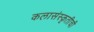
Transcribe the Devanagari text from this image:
कलासंस्कृतीची